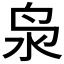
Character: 𮹔